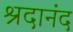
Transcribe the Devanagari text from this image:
श्रदानंद